Vaccination in Bombay 1856-1862 - 1856-1862
Year: 1856
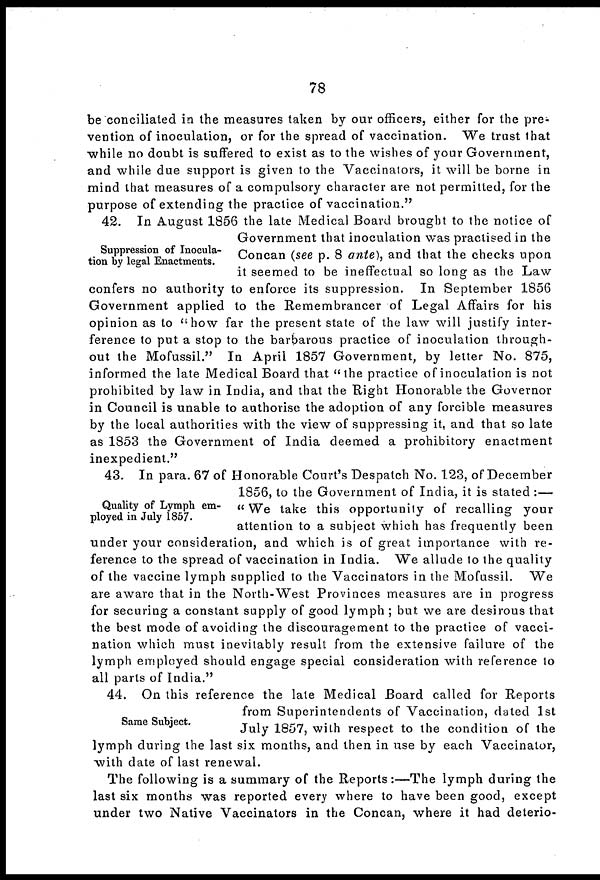
78
be conciliated in the measures taken by our officers, either for the pre-
vention of inoculation, or for the spread of vaccination. We trust that
while no doubt is suffered to exist as to the wishes of your Government,
and while due support is given to the Vaccinators, it will be borne in
mind that measures of a compulsory character are not permitted, for the
purpose of extending the practice of vaccination."
Suppression of Inocula-
tion by legal Enactments.
42. In August 1856 the late Medical Board brought to the notice of
Government that inoculation was practised in the
Concan (see p. 8 ante), and that the checks upon
it seemed to be ineffectual so long as the Law
confers no authority to enforce its suppression. In September 1856
Government applied to the Remembrancer of Legal Affairs for his
opinion as to "how far the present state of the law will justify inter-
ference to put a stop to the barbarous practice of inoculation through-
out the Mofussil." In April 1857 Government, by letter No. 875,
informed the late Medical Board that "the practice of inoculation is not
prohibited by law in India, and that the Right Honorable the Governor
in Council is unable to authorise the adoption of any forcible measures
by the local authorities with the view of suppressing it, and that so late
as 1853 the Government of India deemed a prohibitory enactment
inexpedient."
Quality of Lymph em-
ployed in July 1857.
43. In para. 67 of Honorable Court's Despatch No. 123, of December
1856, to the Government of India, it is stated :—
" We take this opportunity of recalling your
attention to a subject which has frequently been
under your consideration, and which is of great importance with re-
ference to the spread of vaccination in India. We allude to the quality
of the vaccine lymph supplied to the Vaccinators in the Mofussil.
We
are aware that in the North-West Provinces measures are in progress
for securing a constant supply of good lymph ; but we are desirous that
the best mode of avoiding the discouragement to the practice of vacci-
nation which must inevitably result from the extensive failure of the
lymph employed should engage special consideration with reference to
all parts of India."
Same Subject.
44. On this reference the late Medical Board called for Reports
from Superintendents of Vaccination, dated 1st
July 1857, with respect to the condition of the
lymph during the last six months, and then in use by each Vaccinator,
with date of last renewal.
The following is a summary of the Reports:—The lymph during the
last six months was reported every where to have been good, except
under two Native Vaccinators in the Concan, where it had deterio-